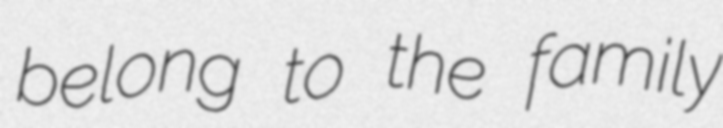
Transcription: belong to the family